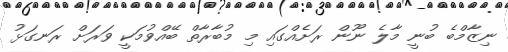
ނިޒާމްބެ ބުނީ މާލެ ނޫން ރަށެއްގައި މި މުބާރާތް ބޭއްވުމަކީ ވަރަށް ރަނގަޅު